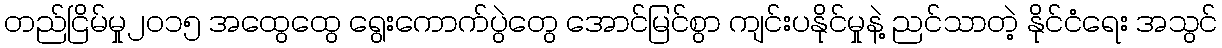
တည်ငြိမ်မှု၂၀၁၅ အထွေထွေ ရွေးကောက်ပွဲတွေ အောင်မြင်စွာ ကျင်းပနိုင်မှုနဲ့ ညင်သာတဲ့ နိုင်ငံရေး အသွင်